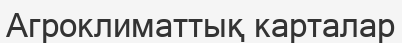
Агроклиматтық карталар